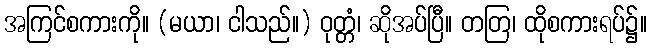
အကြင်စကားကို။ (မယာ၊ ငါသည်။) ဝုတ္တံ၊ ဆိုအပ်ပြီ။ တတြ၊ ထိုစကားရပ်၌။